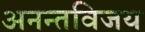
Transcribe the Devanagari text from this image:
अनन्तविजय